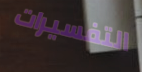
التفسيرات